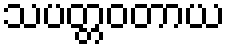
သပတ္တဝတာယ